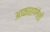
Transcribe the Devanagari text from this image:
आकाशगंगेशी